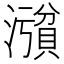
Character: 𪷪